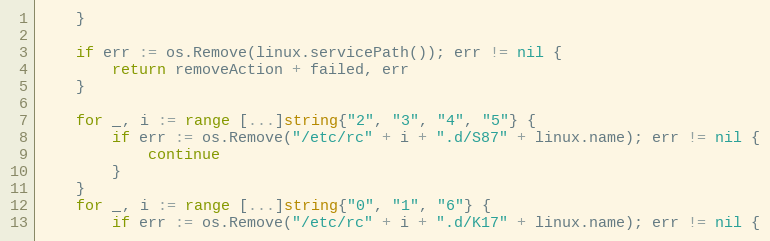
Language: Go
	}

	if err := os.Remove(linux.servicePath()); err != nil {
		return removeAction + failed, err
	}

	for _, i := range [...]string{"2", "3", "4", "5"} {
		if err := os.Remove("/etc/rc" + i + ".d/S87" + linux.name); err != nil {
			continue
		}
	}
	for _, i := range [...]string{"0", "1", "6"} {
		if err := os.Remove("/etc/rc" + i + ".d/K17" + linux.name); err != nil {